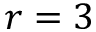
r = 3